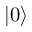
| 0 \rangle